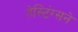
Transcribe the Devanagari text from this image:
हेस्टिंग्सने